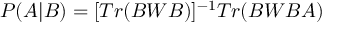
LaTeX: P ( A | B ) = [ T r ( B W B ) ] ^ { - 1 } T r ( B W B A )